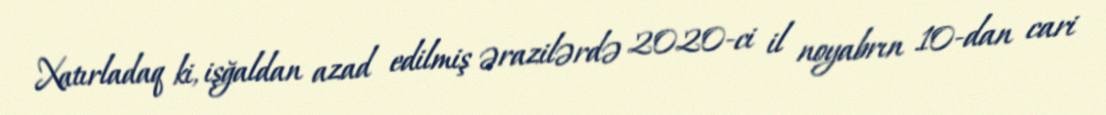
Xatırladaq ki, işğaldan azad edilmiş ərazilərdə 2020-ci il noyabrın 10-dan cari